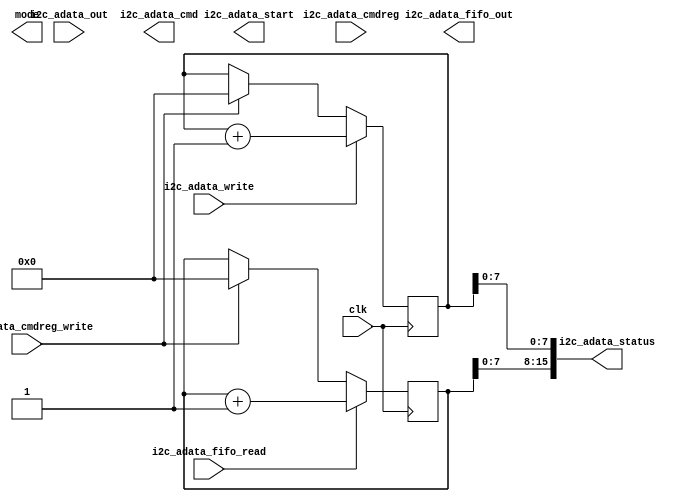
//many i2c devices offer modes where reads can be extended indefinately
//instead of complicating i2c_interface this moule works with that module
//to include repeats - set mode = 0 on i2c_interface to disable this feature
//cmd reg rate[15:13], samples[12:10], i2c addr [6:0]
module i2c_autoread (
    input clk,
    //i2c
    output     mode,                    //shuts off i2c_int to comms
    input      [9:0]i2c_adata_out,   //already there 
    input      i2c_adata_write,         //like force_rsp (use to test)
    output     [15:0]i2c_adata_cmd,     //sda data from here, + start/stop flags
    output     i2c_adata_start,         //start read gated by timebase
    //ureg
    input      [15:0]i2c_adata_cmdreg,  //cmd reg from ureg space
    input      i2c_adata_cmdreg_write,  //decoded cmd reg write, and start
    output     [15:0]i2c_adata_status,  //the module status
    output     [15:0]i2c_adata_fifo_out,//fifo output data
    input      i2c_adata_fifo_read      //fifo read increment
);

    wire [2:0]rate;
    assign rate = i2c_adata_cmdreg[15:13];
    wire [2:0]samples;
    assign samples = i2c_adata_cmdreg[12:10];
    wire   [19:0]timebase;  // for 50MHz clk - 0.1ms to 250msec
	 
    assign timebase = rate == 3'b000 ?     5000 :  
	                   rate == 3'b001 ?    15000 :
							 rate == 3'b010 ?    50000 :
	                   rate == 3'b011 ?   150000 :
							 rate == 3'b100 ?   500000 :	 
	                   rate == 3'b101 ?  1500000 :
							 rate == 3'b110 ?  5000000 :	15000000 ;						 
	 reg timebase_tick;
	 reg [25:0]timebase_cnt;
	 always @(posedge clk)begin
	     if (timebase_cnt == 0)timebase_tick <= 1; else timebase_tick = 0;
		  if (timebase_cnt == rate)timebase_cnt <= 0; else timebase_cnt <= timebase_cnt + 1;
    end	
	 
    reg [8:0]writeptr;
	 reg [8:0]readptr;
	 always @(posedge clk) begin
	     if (i2c_adata_cmdreg_write  == 1)begin writeptr<=0; readptr<=0; end
		  if (i2c_adata_write == 1)writeptr <= writeptr + 1;
		  if (i2c_adata_fifo_read == 1)readptr <= readptr + 1;
    end
    assign i2c_adata_status[15:8] = readptr[7:0];
	 assign i2c_adata_status[7:0] = writeptr[7:0];
	 


endmodule